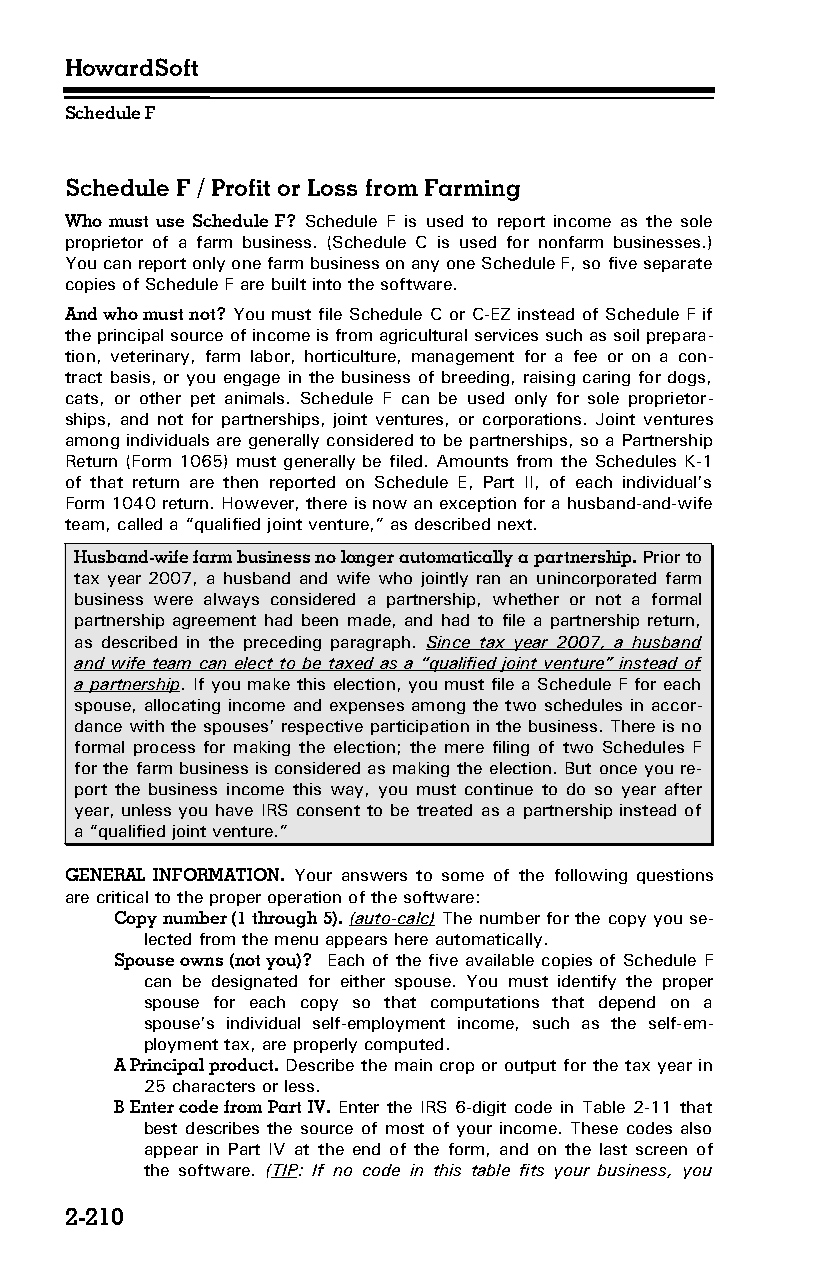
HowardSoft
 Schedule F
 Schedule F / Profit or Loss from Farming
 Who must use Schedule F? Schedule F is used to report income as the sole
 proprietor of a farm business. (Schedule C is used for nonfarm businesses.)
 You can report only one farm business on any one Schedule F, so five separate
 copies of Schedule F are built into the software.
 And who must not? You must file Schedule C or C-EZ instead of Schedule F if
 the principal source of income is from agricultural services such as soil prepara­
 tion, veterinary, farm labor, horticulture, management for a fee or on a con­
 tract basis, or you engage in the business of breeding, raising caring for dogs,
 cats, or other pet animals. Schedule F can be used only for sole proprietor­
 ships, and not for partnerships, joint ventures, or corporations. Joint ventures
 among individuals are generally considered to be partnerships, so a Partnership
 Return (Form 1065) must generally be filed. Amounts from the Schedules K-1
 of that return are then reported on Schedule E, Part II, of each individual’s
 Form 1040 return. However, there is now an exception for a husband-and-wife
 team, called a “qualified joint venture,” as described next.
 Husband-wife farm business no longer automatically a partnership. Prior to
 tax year 2007, a husband and wife who jointly ran an unincorporated farm
 business were always considered a partnership, whether or not a formal
 partnership agreement had been made, and had to file a partnership return,
 as described in the preceding paragraph. Since tax year 2007, a husband
 and wife team can elect to be taxed as a “qualified joint venture” instead of
 a partnership. If you make this election, you must file a Schedule F for each
 spouse, allocating income and expenses among the two schedules in accor­
 dance with the spouses’ respective participation in the business. There is no
 formal process for making the election; the mere filing of two Schedules F
 for the farm business is considered as making the election. But once you re­
 port the business income this way, you must continue to do so year after
 year, unless you have IRS consent to be treated as a partnership instead of
 a “qualified joint venture.”
 GENERAL INFORMATION. Your answers to some of the following questions
 are critical to the proper operation of the software:
 Copy number (1 through 5). (auto-calc) The number for the copy you se­
 lected from the menu appears here automatically.
 Spouse owns (not you)? Each of the five available copies of Schedule F
 can be designated for either spouse. You must identify the proper
 spouse for each copy so that computations that depend on a
 spouse’s individual self-employment income, such as the self-em­
 ployment tax, are properly computed.
 A Principal product. Describe the main crop or output for the tax year in
 25 characters or less.
 B Enter code from Part IV. Enter the IRS 6-digit code in Table 2-11 that
 best describes the source of most of your income. These codes also
 appear in Part IV at the end of the form, and on the last screen of
 the software. (TIP: If no code in this table fits your business, you
 2-210